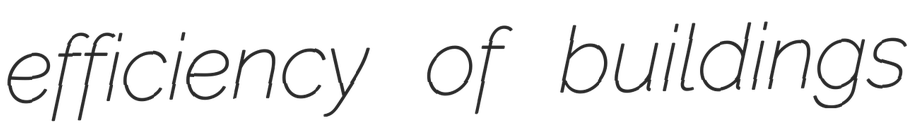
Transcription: efficiency of buildings